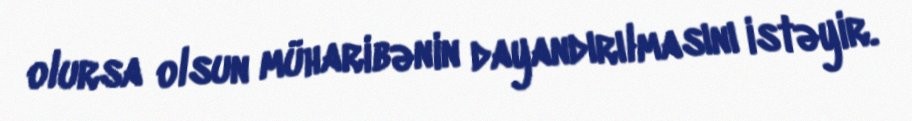
olursa olsun müharibənin dayandırılmasını istəyir.